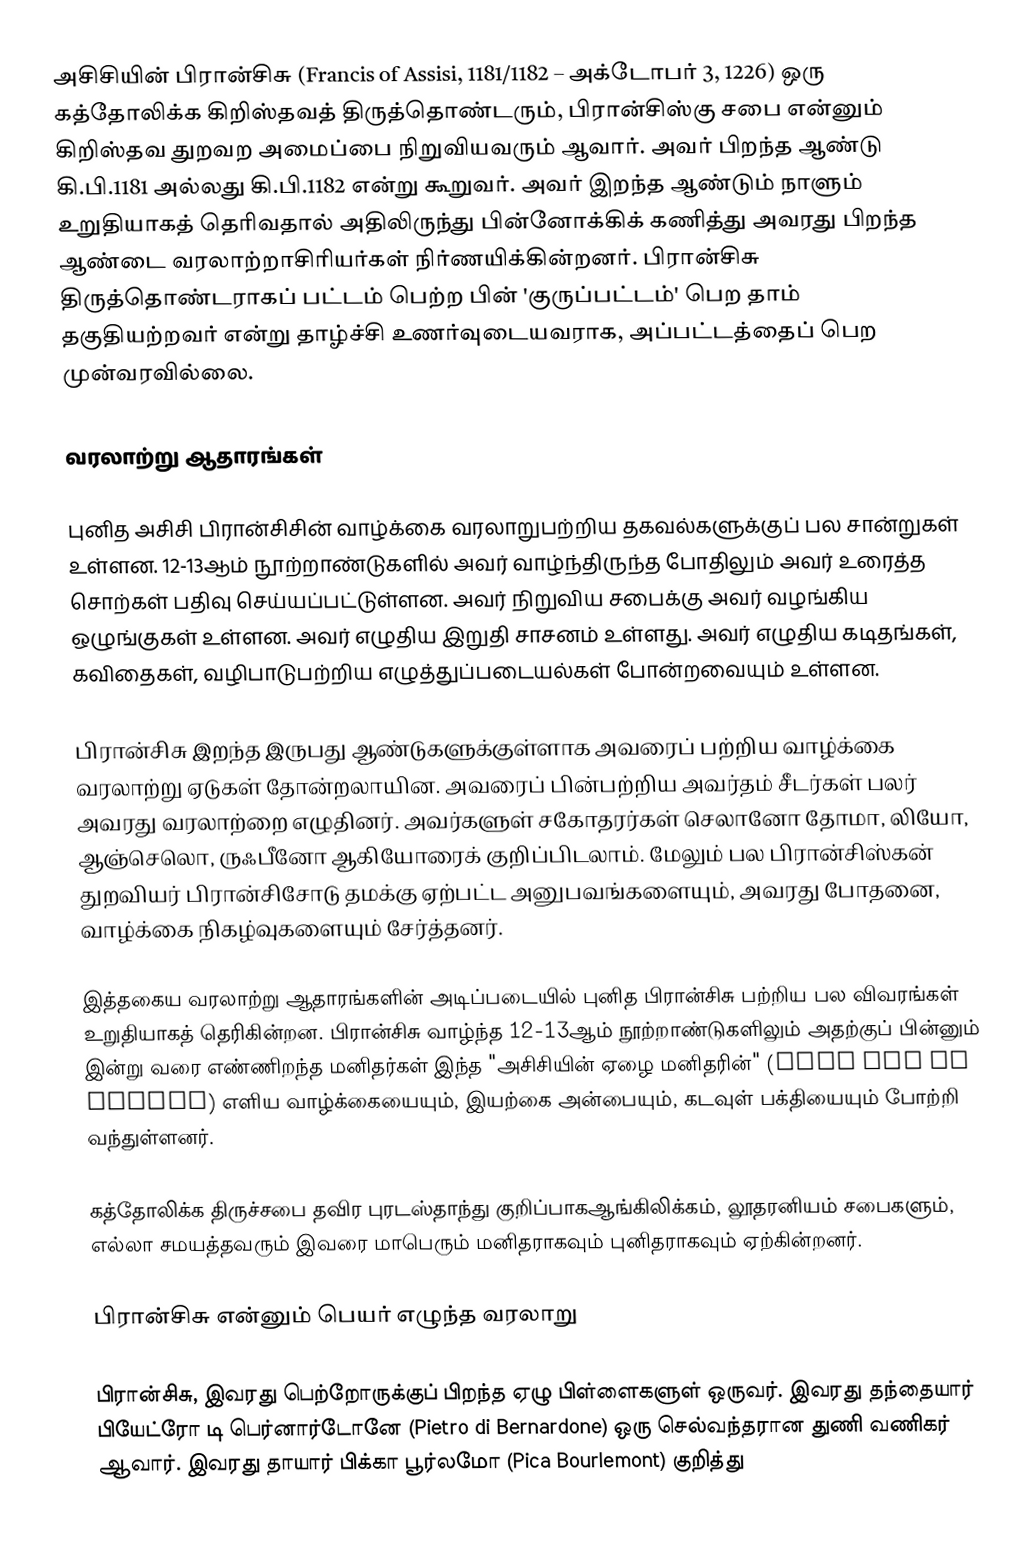
அசிசியின் பிரான்சிசு (Francis of Assisi, 1181/1182 – அக்டோபர் 3, 1226) ஒரு கத்தோலிக்க கிறிஸ்தவத் திருத்தொண்டரும், பிரான்சிஸ்கு சபை என்னும் கிறிஸ்தவ துறவற அமைப்பை நிறுவியவரும் ஆவார். அவர் பிறந்த ஆண்டு கி.பி.1181 அல்லது கி.பி.1182 என்று கூறுவர். அவர் இறந்த ஆண்டும் நாளும் உறுதியாகத் தெரிவதால் அதிலிருந்து பின்னோக்கிக் கணித்து அவரது பிறந்த ஆண்டை வரலாற்றாசிரியர்கள் நிர்ணயிக்கின்றனர். பிரான்சிசு திருத்தொண்டராகப் பட்டம் பெற்ற பின் 'குருப்பட்டம்' பெற தாம் தகுதியற்றவர் என்று தாழ்ச்சி உணர்வுடையவராக, அப்பட்டத்தைப் பெற முன்வரவில்லை.

வரலாற்று ஆதாரங்கள்

புனித அசிசி பிரான்சிசின் வாழ்க்கை வரலாறுபற்றிய தகவல்களுக்குப் பல சான்றுகள் உள்ளன. 12-13ஆம் நூற்றாண்டுகளில் அவர் வாழ்ந்திருந்த போதிலும் அவர் உரைத்த சொற்கள் பதிவு செய்யப்பட்டுள்ளன. அவர் நிறுவிய சபைக்கு அவர் வழங்கிய ஒழுங்குகள் உள்ளன. அவர் எழுதிய இறுதி சாசனம் உள்ளது. அவர் எழுதிய கடிதங்கள், கவிதைகள், வழிபாடுபற்றிய எழுத்துப்படையல்கள் போன்றவையும் உள்ளன.

பிரான்சிசு இறந்த இருபது ஆண்டுகளுக்குள்ளாக அவரைப் பற்றிய வாழ்க்கை வரலாற்று ஏடுகள் தோன்றலாயின. அவரைப் பின்பற்றிய அவர்தம் சீடர்கள் பலர் அவரது வரலாற்றை எழுதினர். அவர்களுள் சகோதரர்கள் செலானோ தோமா, லியோ, ஆஞ்செலொ, ருஃபீனோ ஆகியோரைக் குறிப்பிடலாம். மேலும் பல பிரான்சிஸ்கன் துறவியர் பிரான்சிசோடு தமக்கு ஏற்பட்ட அனுபவங்களையும், அவரது போதனை, வாழ்க்கை நிகழ்வுகளையும் சேர்த்தனர்.

இத்தகைய வரலாற்று ஆதாரங்களின் அடிப்படையில் புனித பிரான்சிசு பற்றிய பல விவரங்கள் உறுதியாகத் தெரிகின்றன. பிரான்சிசு வாழ்ந்த 12-13ஆம் நூற்றாண்டுகளிலும் அதற்குப் பின்னும் இன்று வரை எண்ணிறந்த மனிதர்கள் இந்த "அசிசியின் ஏழை மனிதரின்" (Poor Man of Assisi) எளிய வாழ்க்கையையும், இயற்கை அன்பையும், கடவுள் பக்தியையும் போற்றி வந்துள்ளனர்.

கத்தோலிக்க திருச்சபை தவிர புரடஸ்தாந்து குறிப்பாகஆங்கிலிக்கம், லூதரனியம் சபைகளும், எல்லா சமயத்தவரும் இவரை மாபெரும் மனிதராகவும் புனிதராகவும் ஏற்கின்றனர்.

பிரான்சிசு என்னும் பெயர் எழுந்த வரலாறு

பிரான்சிசு, இவரது பெற்றோருக்குப் பிறந்த ஏழு பிள்ளைகளுள் ஒருவர். இவரது தந்தையார் பியேட்ரோ டி பெர்னார்டோனே (Pietro di Bernardone) ஒரு செல்வந்தரான துணி வணிகர் ஆவார். இவரது தாயார் பிக்கா பூர்லமோ (Pica Bourlemont) குறித்து